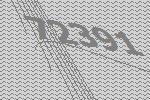
72391